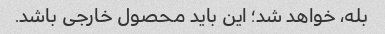
بله، خواهد شد؛ این باید محصول خارجی باشد.